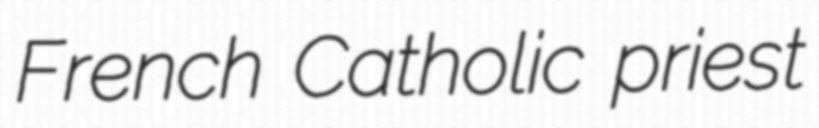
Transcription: French Catholic priest